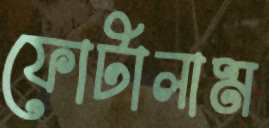
ফোটালাম